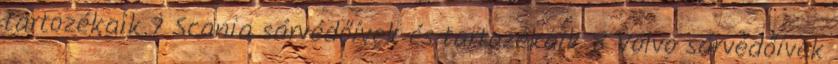
tartozékaik 7 Scania sárvédőívek és tartozékaik 8 Volvo sárvédőívek